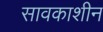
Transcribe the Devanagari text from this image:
सावकाशीन